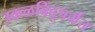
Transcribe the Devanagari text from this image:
उकळबिंदूपर्यंत